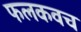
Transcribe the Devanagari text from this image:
फलकवच